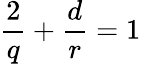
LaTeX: \frac{2}{q}+\frac{d}{r}=1